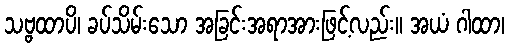
သဗ္ဗထာပိ၊ ခပ်သိမ်းသော အခြင်းအရာအားဖြင့်လည်း။ အယံ ဂါထာ၊